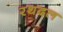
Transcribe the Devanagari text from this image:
रथदल